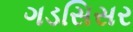
ગડસિસર